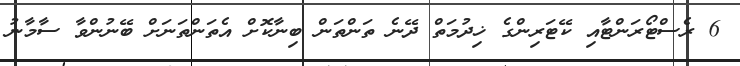
6 ރެސްޓޯރަންޓާއި ކޭޓަރިންގެ ޚިދުމަތް ދޭނެ ތަންތަން ބިނާކޮށް އެތަންތަނަށް ބޭނުންވާ ސާމާނުު